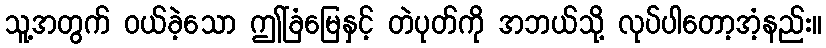
သူ့အတွက် ဝယ်ခဲ့သော ဤခြံမြေနှင့် တဲပုတ်ကို အဘယ်သို့ လုပ်ပါတော့အံ့နည်း။